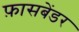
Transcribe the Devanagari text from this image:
फ़ासबेंडर